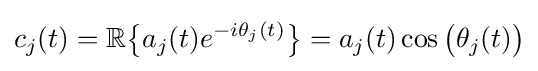
c_{j}(t)=\mathbb {R} {\big \{}a_{j}(t)e^{-i\theta _{j}(t)}{\big \}}=a_{j}(t)\cos {\big (}\theta _{j}(t){\big )}